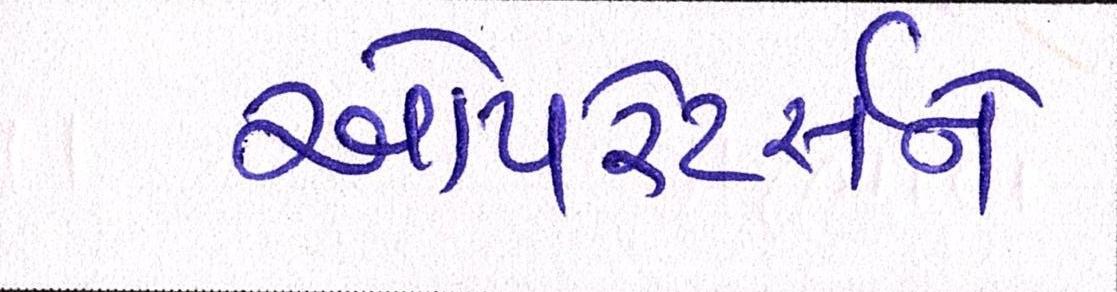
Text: ઓપરેટર્સને